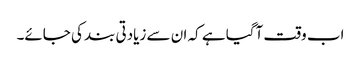
اب وقت آگیا ہے کہ ان سے زیادتی بند کی جائے۔